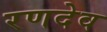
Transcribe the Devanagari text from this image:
रणदेव